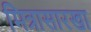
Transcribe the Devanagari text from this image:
मित्रासारखा